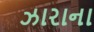
ઝારાના